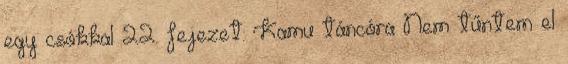
egy csókkal 22. fejezet: Kamu táncóra Nem tűntem el